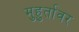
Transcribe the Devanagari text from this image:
मुहुर्तावर